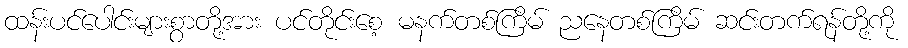
ထန်းပင်ပေါင်းများစွာတို့အား ပင်တိုင်းစေ့ မနက်တစ်ကြိမ် ညနေတစ်ကြိမ် ဆင်းတက်ရန်တို့ကို